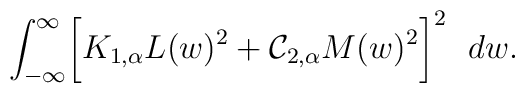
\int_{-\infty}^{\infty} \biggl[ K_{1,\alpha} L(w)^2 + {\cal C}_{2,\alpha} M(w)^2\biggr]^2  ~~dw.